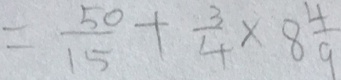
= \frac { 5 0 } { 1 5 } + \frac { 3 } { 4 } \times 8 \frac { 4 } { 9 }